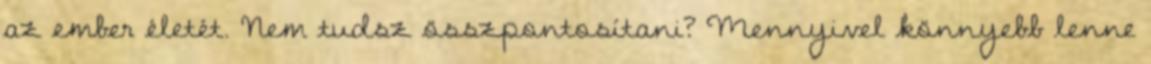
az ember életét. Nem tudsz összpontosítani? Mennyivel könnyebb lenne